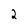
Character: 2